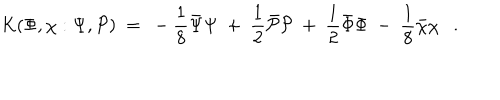
LaTeX: \mathrm { K } ( \Phi , \chi : \Psi , { \cal P } ) ~ = ~ - \frac 1 8 { \bar { \Psi } } { \Psi } ~ + ~ \frac 1 2 { \bar { \cal P } } { \cal P } ~ + ~ \frac 1 2 { \bar { \Phi } } { \Phi } ~ - ~ \frac 1 8 { \bar { \chi } } { \chi } .